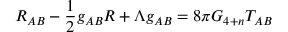
R _ { A B } - \frac { 1 } { 2 } g _ { A B } R + \Lambda g _ { A B } = 8 \pi G _ { 4 + n } T _ { A B }